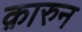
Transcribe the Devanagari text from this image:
क़ारुन